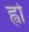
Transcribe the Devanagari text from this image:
ह्वो